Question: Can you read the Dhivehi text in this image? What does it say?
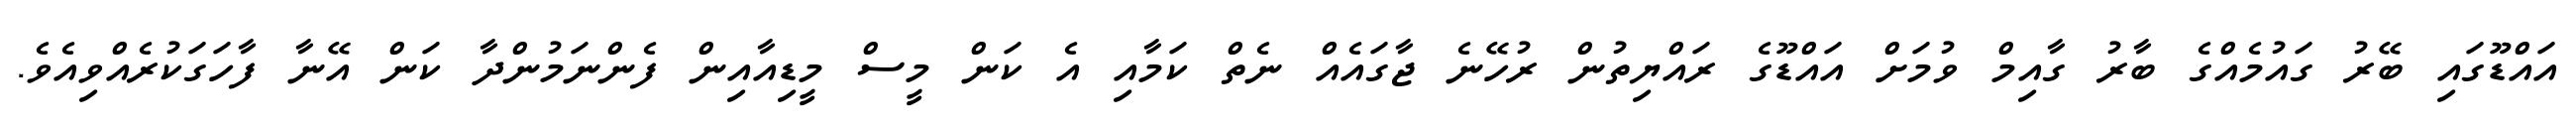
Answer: އައްޑޫގައި ބޭރު ގައުމެއްގެ ބާރު ގާއިމް ވުމަށް އައްޑޫގެ ރައްޔިތުން ރުހޭނެ ޖާގައެއް ނެތް ކަމާއި އެ ކަން މީސް މީޑިއާއިން ފެންނަމުންދާ ކަން އޭނާ ފާހަގަކުރެއްވިއެވެ.